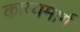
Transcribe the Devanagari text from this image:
काव्यमार्ग